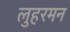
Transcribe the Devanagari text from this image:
लुहरमन